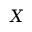
X